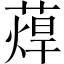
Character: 蔊